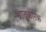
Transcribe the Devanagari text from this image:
भ्रातृकारक